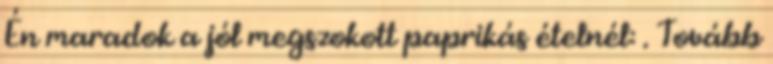
Én maradok a jól megszokott paprikás ételnél: . Tovább